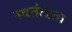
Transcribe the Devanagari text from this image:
स्वतंत्त्रता